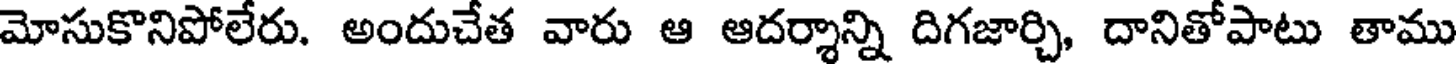
మోసుకొనిపోలేరు. అందుచేత వారు ఆ ఆదర్శాన్ని దిగజార్చి, దానితోపాటు తాము